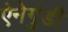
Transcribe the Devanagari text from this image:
ऐनेगुंडी